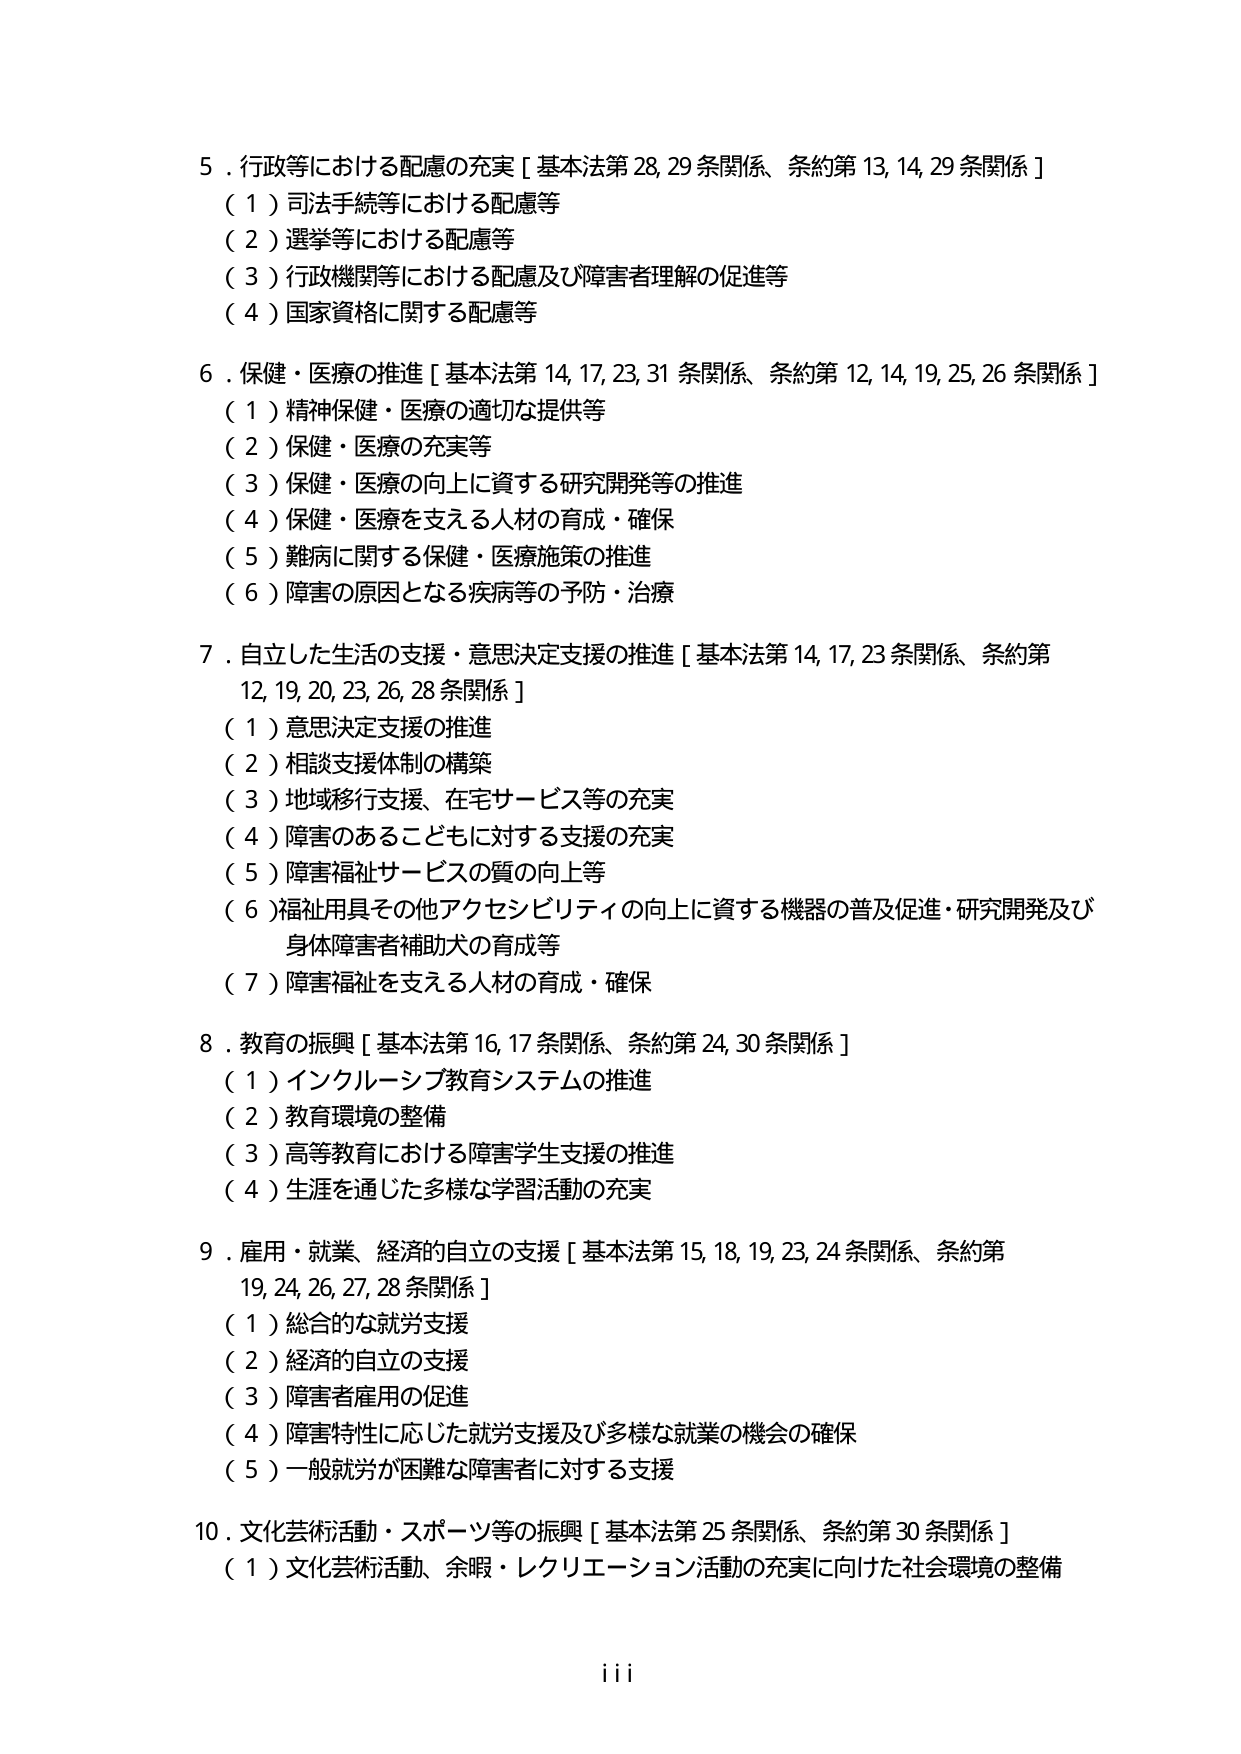
5．行政等における配慮の充実［基本法第28,29条関係、条約第13,14,29条関係］
（1）司法手続等における配慮等
（2）選挙等における配慮等
（3）行政機関等における配慮及び障害者理解の促進等
（4）国家資格に関する配慮等

6．保健・医療の推進［基本法第14,17,23,31条関係、条約第12,14,19,25,26条関係］
（1）精神保健・医療の適切な提供等
（2）保健・医療の充実等
（3）保健・医療の向上に資する研究開発等の推進
（4）保健・医療を支える人材の育成・確保
（5）難病に関する保健・医療施策の推進
（6）障害の原因となる疾病等の予防・治療

7．自立した生活の支援・意思決定支援の推進［基本法第14,17,23条関係、条約第12,19,20,23,26,28条関係］
（1）意思決定支援の推進
（2）相談支援体制の構築
（3）地域移行支援、在宅サービス等の充実
（4）障害のあるこどもに対する支援の充実
（5）障害福祉サービスの質の向上等
（6）福祉用具その他アクセシビリティの向上に資する機器の普及促進・研究開発及び身体障害者補助犬の育成等
（7）障害福祉を支える人材の育成・確保

8．教育の振興［基本法第16,17条関係、条約第24,30条関係］
（1）インクルーシブ教育システムの推進
（2）教育環境の整備
（3）高等教育における障害学生支援の推進
（4）生涯を通じた多様な学習活動の充実

9．雇用・就業、経済的自立の支援［基本法第15,18,19,23,24条関係、条約第19,24,26,27,28条関係］
（1）総合的な就労支援
（2）経済的自立の支援
（3）障害者雇用の促進
（4）障害特性に応じた就労支援及び多様な就業の機会の確保
（5）一般就労が困難な障害者に対する支援

10．文化芸術活動・スポーツ等の振興［基本法第25条関係、条約第30条関係］
（1）文化芸術活動、余暇・レクリエーション活動の充実に向けた社会環境の整備

iii